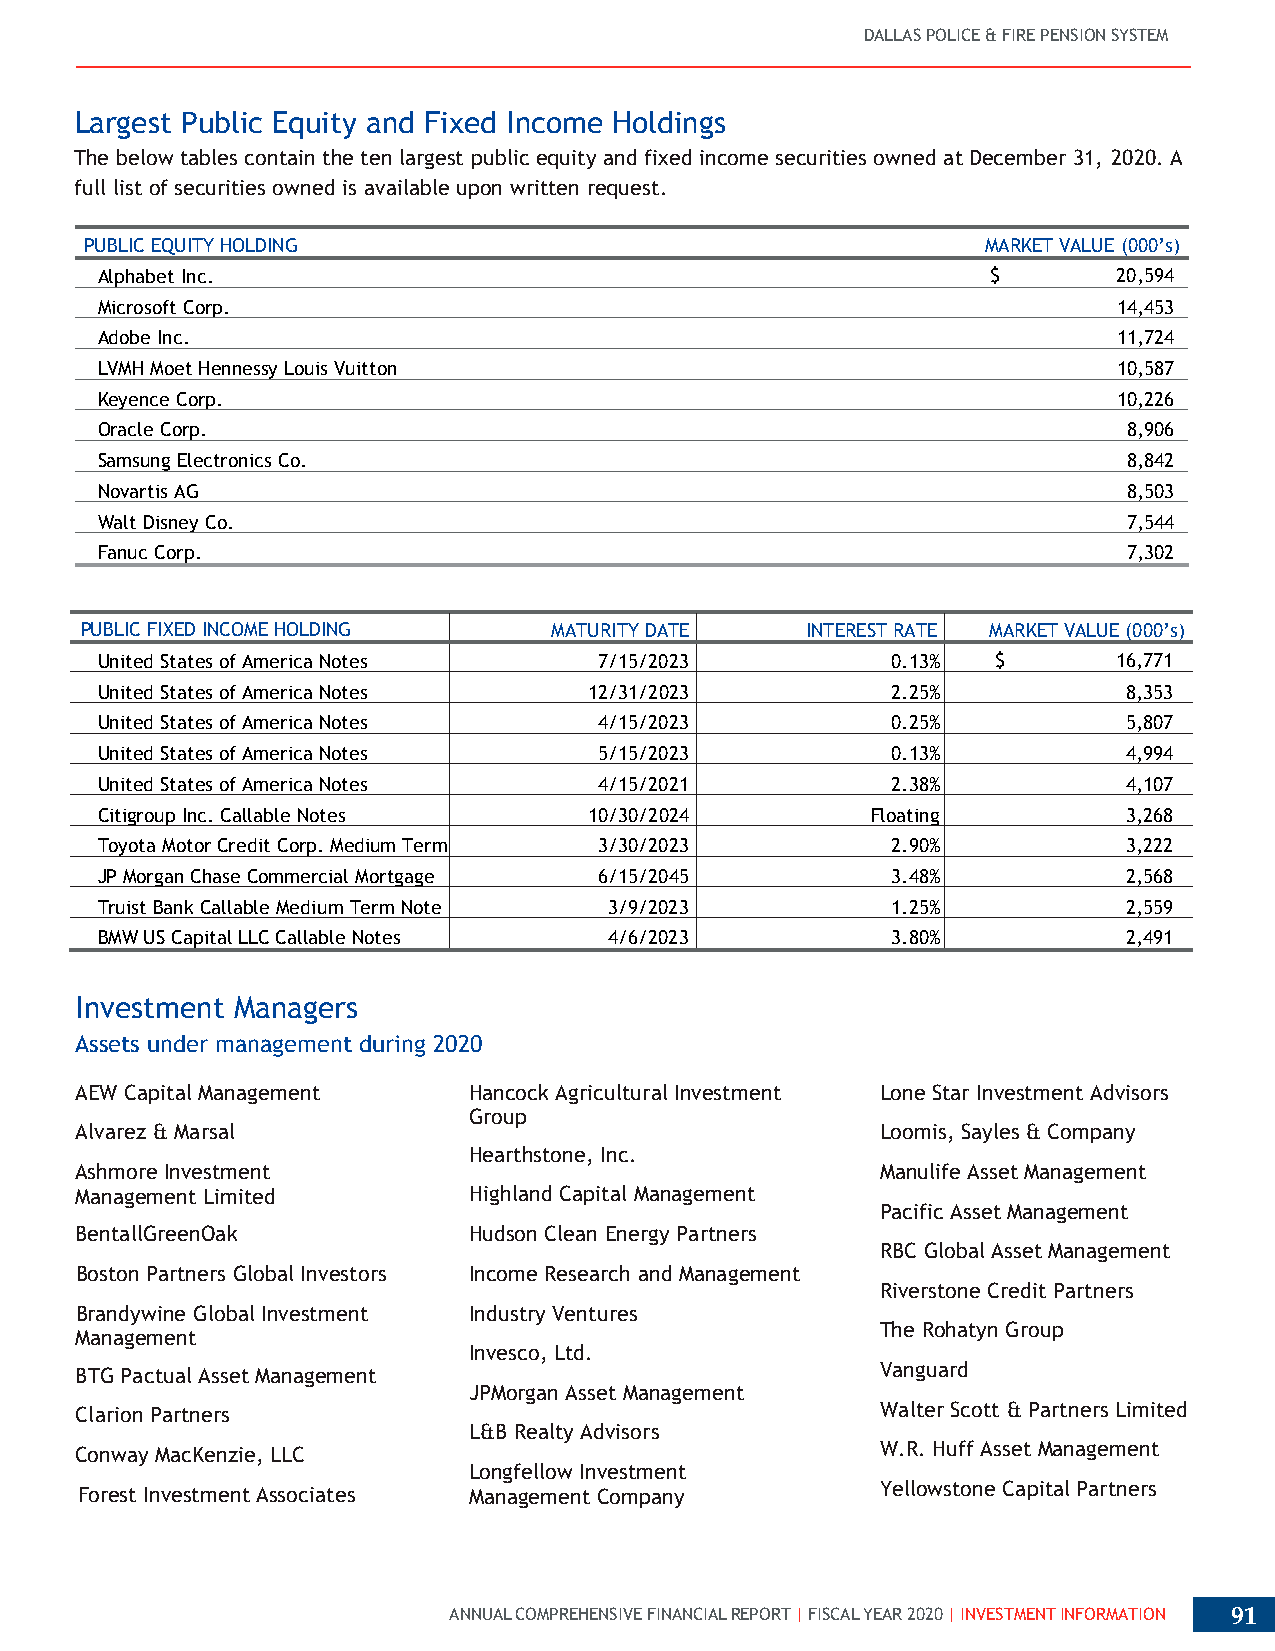
DALLAS POLICE & FIRE PENSION SYSTEM
 Largest Public Equity and Fixed Income Holdings
 The below tables contain the ten largest public equity and fixed income securities owned at December 31, 2020. A
 full list of securities owned is available upon written request.
 PUBLIC EQUITY HOLDING                                      MARKET VALUE (000’s)
 Alphabet Inc.                                               $       20,594
 Microsoft Corp.                                                     14,453
 Adobe Inc.                                                          11,724
 LVMH Moet Hennessy Louis Vuitton                                    10,587
 Keyence Corp.                                                       10,226
 Oracle Corp.                                                         8,906
 Samsung Electronics Co.                                              8,842
 Novartis AG                                                          8,503
 Walt Disney Co.                                                      7,544
 Fanuc Corp.                                                          7,302
 PUBLIC FIXED INCOME HOLDING    MATURITY DATE    INTEREST RATE MARKET VALUE (000’s)
 United States of America Notes    7/15/2023          0.13%  $       16,771
 United States of America Notes   12/31/2023          2.25%           8,353
 United States of America Notes    4/15/2023          0.25%           5,807
 United States of America Notes    5/15/2023          0.13%           4,994
 United States of America Notes    4/15/2021          2.38%           4,107
 Citigroup Inc. Callable Notes    10/30/2024         Floating         3,268
 Toyota Motor Credit Corp. Medium Term 3/30/2023      2.90%           3,222
 FixedNote
 JP Morgan Chase Commercial Mortgage 6/15/2045        3.48%           2,568
 Securities
 Truist Bank Callable Medium Term Note 3/9/2023       1.25%           2,559
 BMW US Capital LLC Callable Notes 4/6/2023           3.80%           2,491
 Fixed
 Investment Managers
 Assets under management during 2020
 AEW Capital Management    Hancock Agricultural Investment Lone Star Investment Advisors
 Group
 Alvarez & Marsal                                     Loomis, Sayles & Company
 Hearthstone, Inc.
 Ashmore Investment                                   Manulife Asset Management
 Management Limited        Highland Capital Management
 Pacific Asset Management
 BentallGreenOak           Hudson Clean Energy Partners
 RBC Global Asset Management
 Boston Partners Global Investors Income Research and Management
 Riverstone Credit Partners
 Brandywine Global Investment Industry Ventures
 The Rohatyn Group
 Management
 Invesco, Ltd.
 BTG Pactual Asset Management                         Vanguard
 JPMorgan Asset Management
 Clarion Partners                                     Walter Scott & Partners Limited
 L&B Realty Advisors
 Conway MacKenzie, LLC                                W.R. Huff Asset Management
 Longfellow Investment
 Forest Investment Associates Management Company      Yellowstone Capital Partners
 ANNUAL COMPREHENSIVE FINANCIAL REPORT | FISCAL YEAR 2020 | INVESTMENT INFORMATION 91